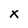
Character: x